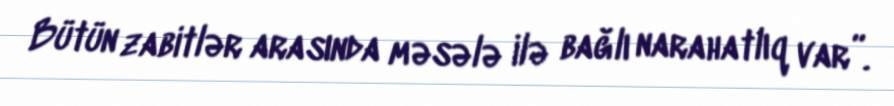
Bütün zabitlər arasında məsələ ilə bağlı narahatlıq var”.